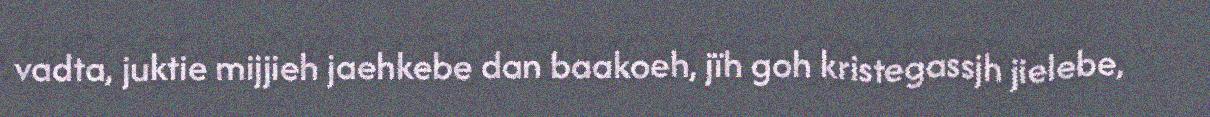
vadta, juktie mijjieh jaehkebe dan baakoeh, jïh goh kristegassjh jielebe,